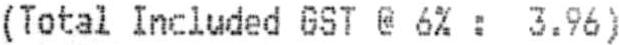
(TOTAL INCLUDED GST @ 6% : 3.96)